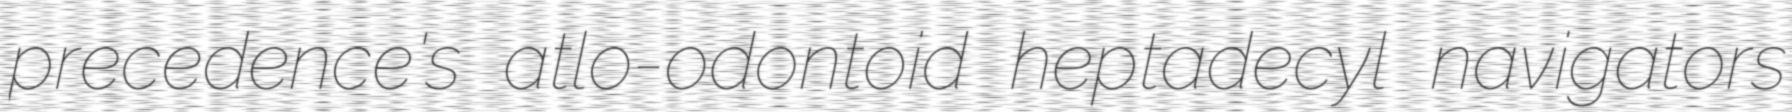
precedence's atlo-odontoid heptadecyl navigators